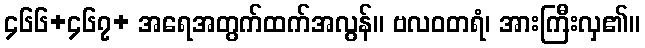
၄၆၆+၄၆၇+ အရေအတွက်ထက်အလွန်။ ဗလဝတရံ၊ အားကြီးလှ၏။